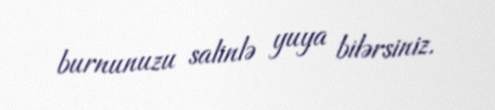
burnunuzu salinlə yuya bilərsiniz.